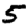
Digit: 5